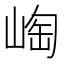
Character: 𱛵